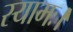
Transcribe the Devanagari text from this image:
स्यामः।